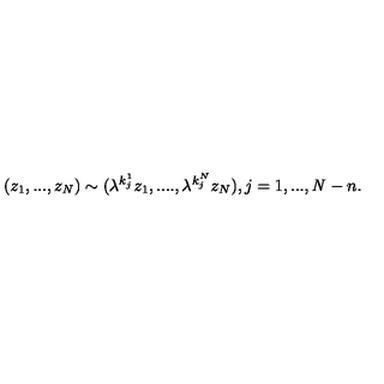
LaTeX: ( z _ { 1 } , . . . , z _ { \it N } ) \sim ( { \lambda } ^ { k _ { j } ^ { 1 } } z _ { 1 } , . . . . , { \lambda } ^ { k _ { j } ^ { N } } z _ { N } ) , j = 1 , . . . , { \it N } - n .